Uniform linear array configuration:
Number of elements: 8
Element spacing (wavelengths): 0.75
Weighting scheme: hann
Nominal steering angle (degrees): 30
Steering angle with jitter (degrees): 30.446
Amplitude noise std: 0.05
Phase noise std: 0.05

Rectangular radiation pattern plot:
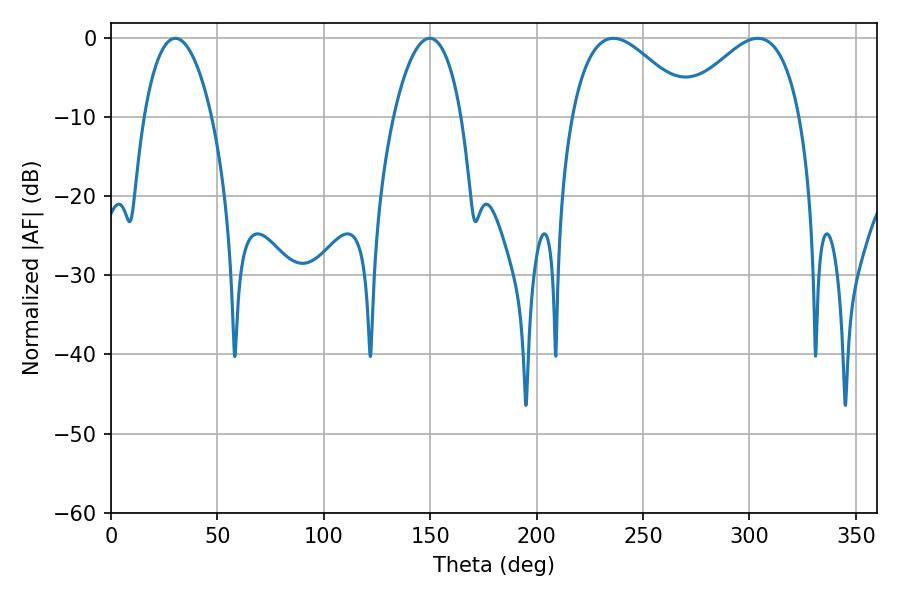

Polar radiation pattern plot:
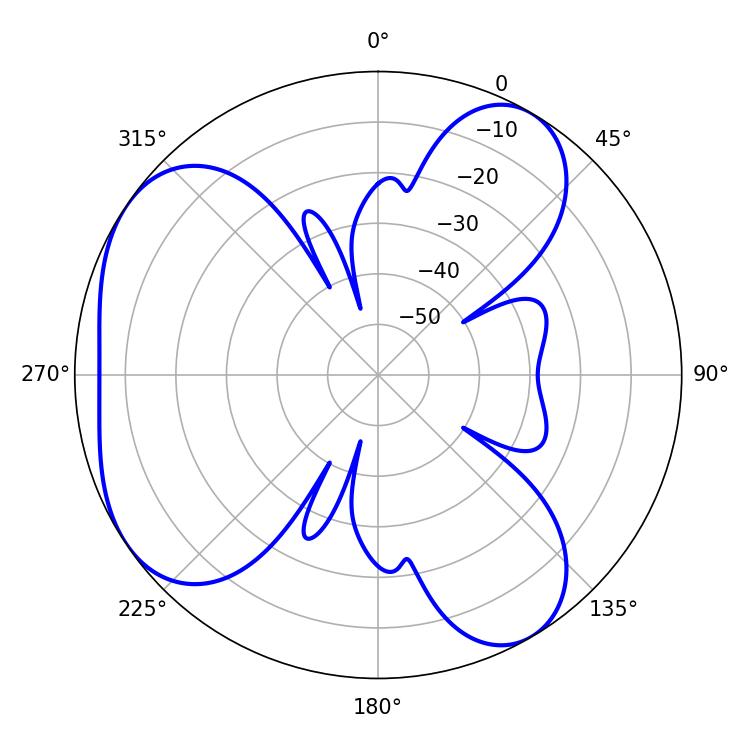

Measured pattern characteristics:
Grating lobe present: TRUE
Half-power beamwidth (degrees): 17.82
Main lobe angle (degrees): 30.24